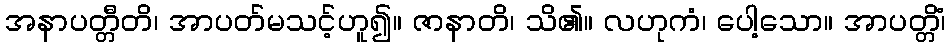
အနာပတ္တီတိ၊ အာပတ်မသင့်ဟူ၍။ ဇာနာတိ၊ သိ၏။ လဟုကံ၊ ပေါ့သော။ အာပတ္တိံ၊